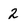
Character: 2